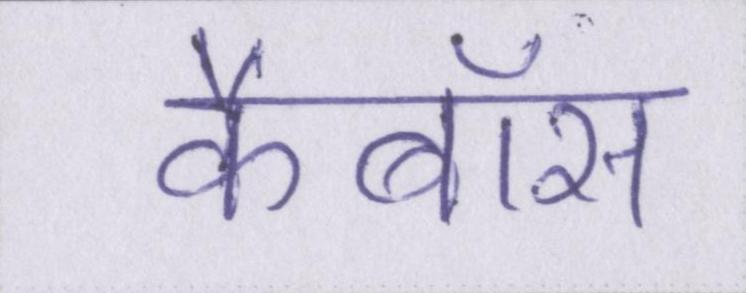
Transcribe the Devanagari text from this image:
कैबॉस